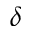
\delta